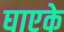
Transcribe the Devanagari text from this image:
घाएके